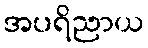
အပရိညာယ